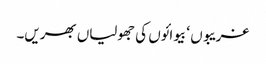
غریبوں ‘ بیوائوں کی جھولیاں بھریں۔